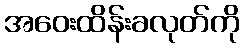
အဝေးထိန်းခလုတ်ကို